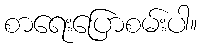
စာရေးပြောစမ်းပါ။